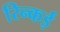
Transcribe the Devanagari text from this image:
रिन्कई